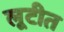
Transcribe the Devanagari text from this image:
लूटीत